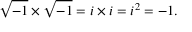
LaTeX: \quad { \sqrt { - 1 } } \times { \sqrt { - 1 } } = i \times i = i ^ { 2 } = - 1 .